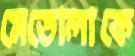
মেডোলাকে